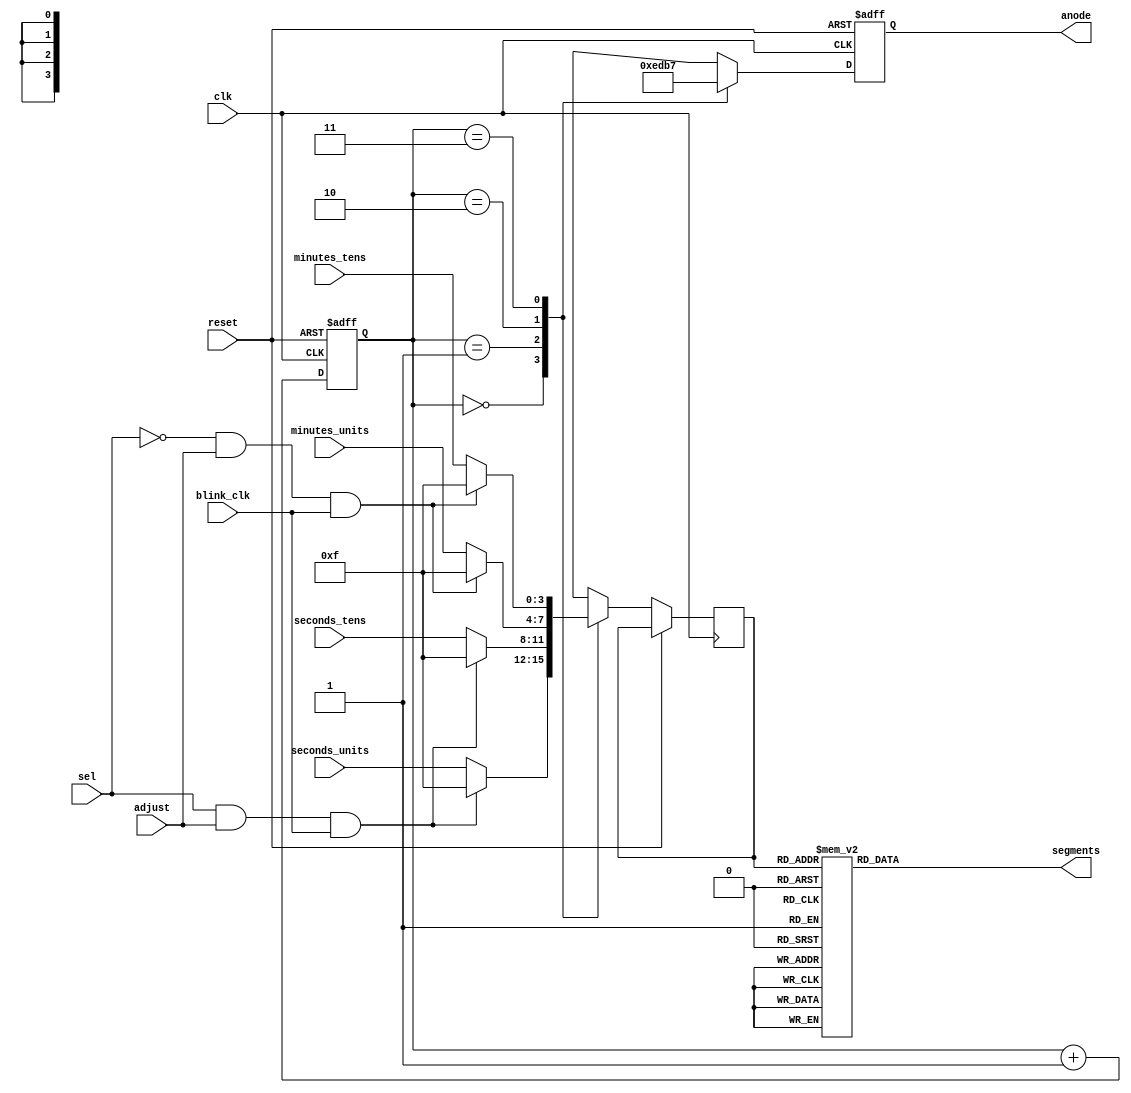
`timescale 1ns / 1ps

module display_controller (
    input wire clk,
    input wire blink_clk,
    input wire reset,
    input wire sel,
    input wire adjust,
    input wire [3:0] minutes_tens,
    input wire [3:0] minutes_units,
    input wire [3:0] seconds_tens,
    input wire [3:0] seconds_units,
    output reg [3:0] anode,
    output reg [6:0] segments
);

    reg [1:0] digit_select;
    reg [3:0] digit;
    reg blink;
    
    initial begin
       $display("display controller initializing");
       digit_select <= 2'b00;
       anode <= 4'b1110; // Initially enable the rightmost digit 
    end
    
//    always@(posedge blink_clk, posedge reset) begin
//        if (reset) begin
//            blink <= 0;
//        end
//        else begin
//            blink <= ~blink;
//        end
//    end
    
    // Multiplexing between the four digits
    always @(posedge clk, posedge reset) begin
        if (reset) begin
            digit_select <= 0;
            anode <= 4'b1110; // Initially enable the rightmost digit
        end 
        else
        begin
            digit_select <= digit_select + 1;
            case (digit_select)
                2'b00: begin
                    if (sel && adjust && blink_clk)begin
                        digit <= 4'b1111;
                    end
                    else begin
                        digit <= seconds_units;
                    end
                    anode <= 4'b1110;
                    $display("anode 0: %d", seconds_units);
                end
                2'b01: begin
                    if (sel && adjust && blink_clk)begin
                        digit <= 4'b1111;
                    end
                    else begin
                        digit <= seconds_tens;
                    end
                    anode <= 4'b1101;
                    $display("anode 1: %d", seconds_tens);

                end
                2'b10: begin
                    if (!sel && adjust && blink_clk)
                    begin
                        digit <= 4'b1111;
         
                    end
                    else begin
                       digit <= minutes_units;
                    end
                    anode <= 4'b1011;
                    $display("anode 2: %d", minutes_units);

                end
                2'b11: begin
                    if (!sel && adjust && blink_clk)
                    begin
                        digit <= 4'b1111;
                
                    end
                    else begin
                        digit <= minutes_tens;
                    end
                    anode <= 4'b0111;
                    $display("anode 3: %d", minutes_tens);

                end
            endcase
        end
    end

    // Segment encoding
    always @(*) begin
        case (digit)
            4'd0: segments = 7'b1000000; // 0
            4'd1: segments = 7'b1111001; // 1
            4'd2: segments = 7'b0100100; // 2
            4'd3: segments = 7'b0110000; // 3
            4'd4: segments = 7'b0011001; // 4
            4'd5: segments = 7'b0010010; // 5
            4'd6: segments = 7'b0000010; // 6
            4'd7: segments = 7'b1111000; // 7
            4'd8: segments = 7'b0000000; // 8
            4'd9: segments = 7'b0010000; // 9
            default: segments = 7'b1111111; // Blank
        endcase
    end

endmodule